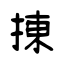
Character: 㨂